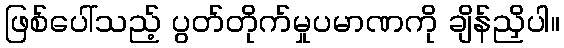
ဖြစ်ပေါ်သည့် ပွတ်တိုက်မှုပမာဏကို ချိန်ညှိပါ။